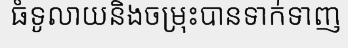
ធំទូលាយនិងចម្រុះបានទាក់ទាញ